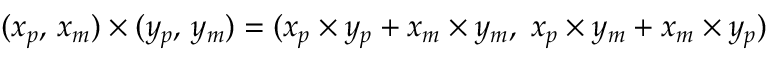
( x _ { p } , \, x _ { m } ) \times ( y _ { p } , \, y _ { m } ) = ( x _ { p } \times y _ { p } + x _ { m } \times y _ { m } , \; x _ { p } \times y _ { m } + x _ { m } \times y _ { p } )